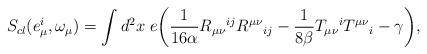
LaTeX: \begin{align*} S_{cl}(e^i_\mu,\omega_\mu) = \int {d^2}x\;e\bigg(\frac{1}{16\alpha} R_{\mu\nu}{}^{ij}R^{\mu\nu}{}_{ij}-\frac{1}{8\beta}T_{\mu\nu}{}^{i} T^{\mu\nu}{}_{i}-\gamma\bigg),\end{align*}